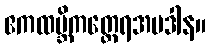
ဧကထမ္ဘိကတ္ထေရအပဒါန။